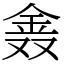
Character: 𨥖